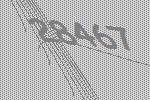
28467